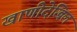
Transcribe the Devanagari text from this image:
खाणीदेखिल